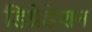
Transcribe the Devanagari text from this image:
डिग्रेडेशन